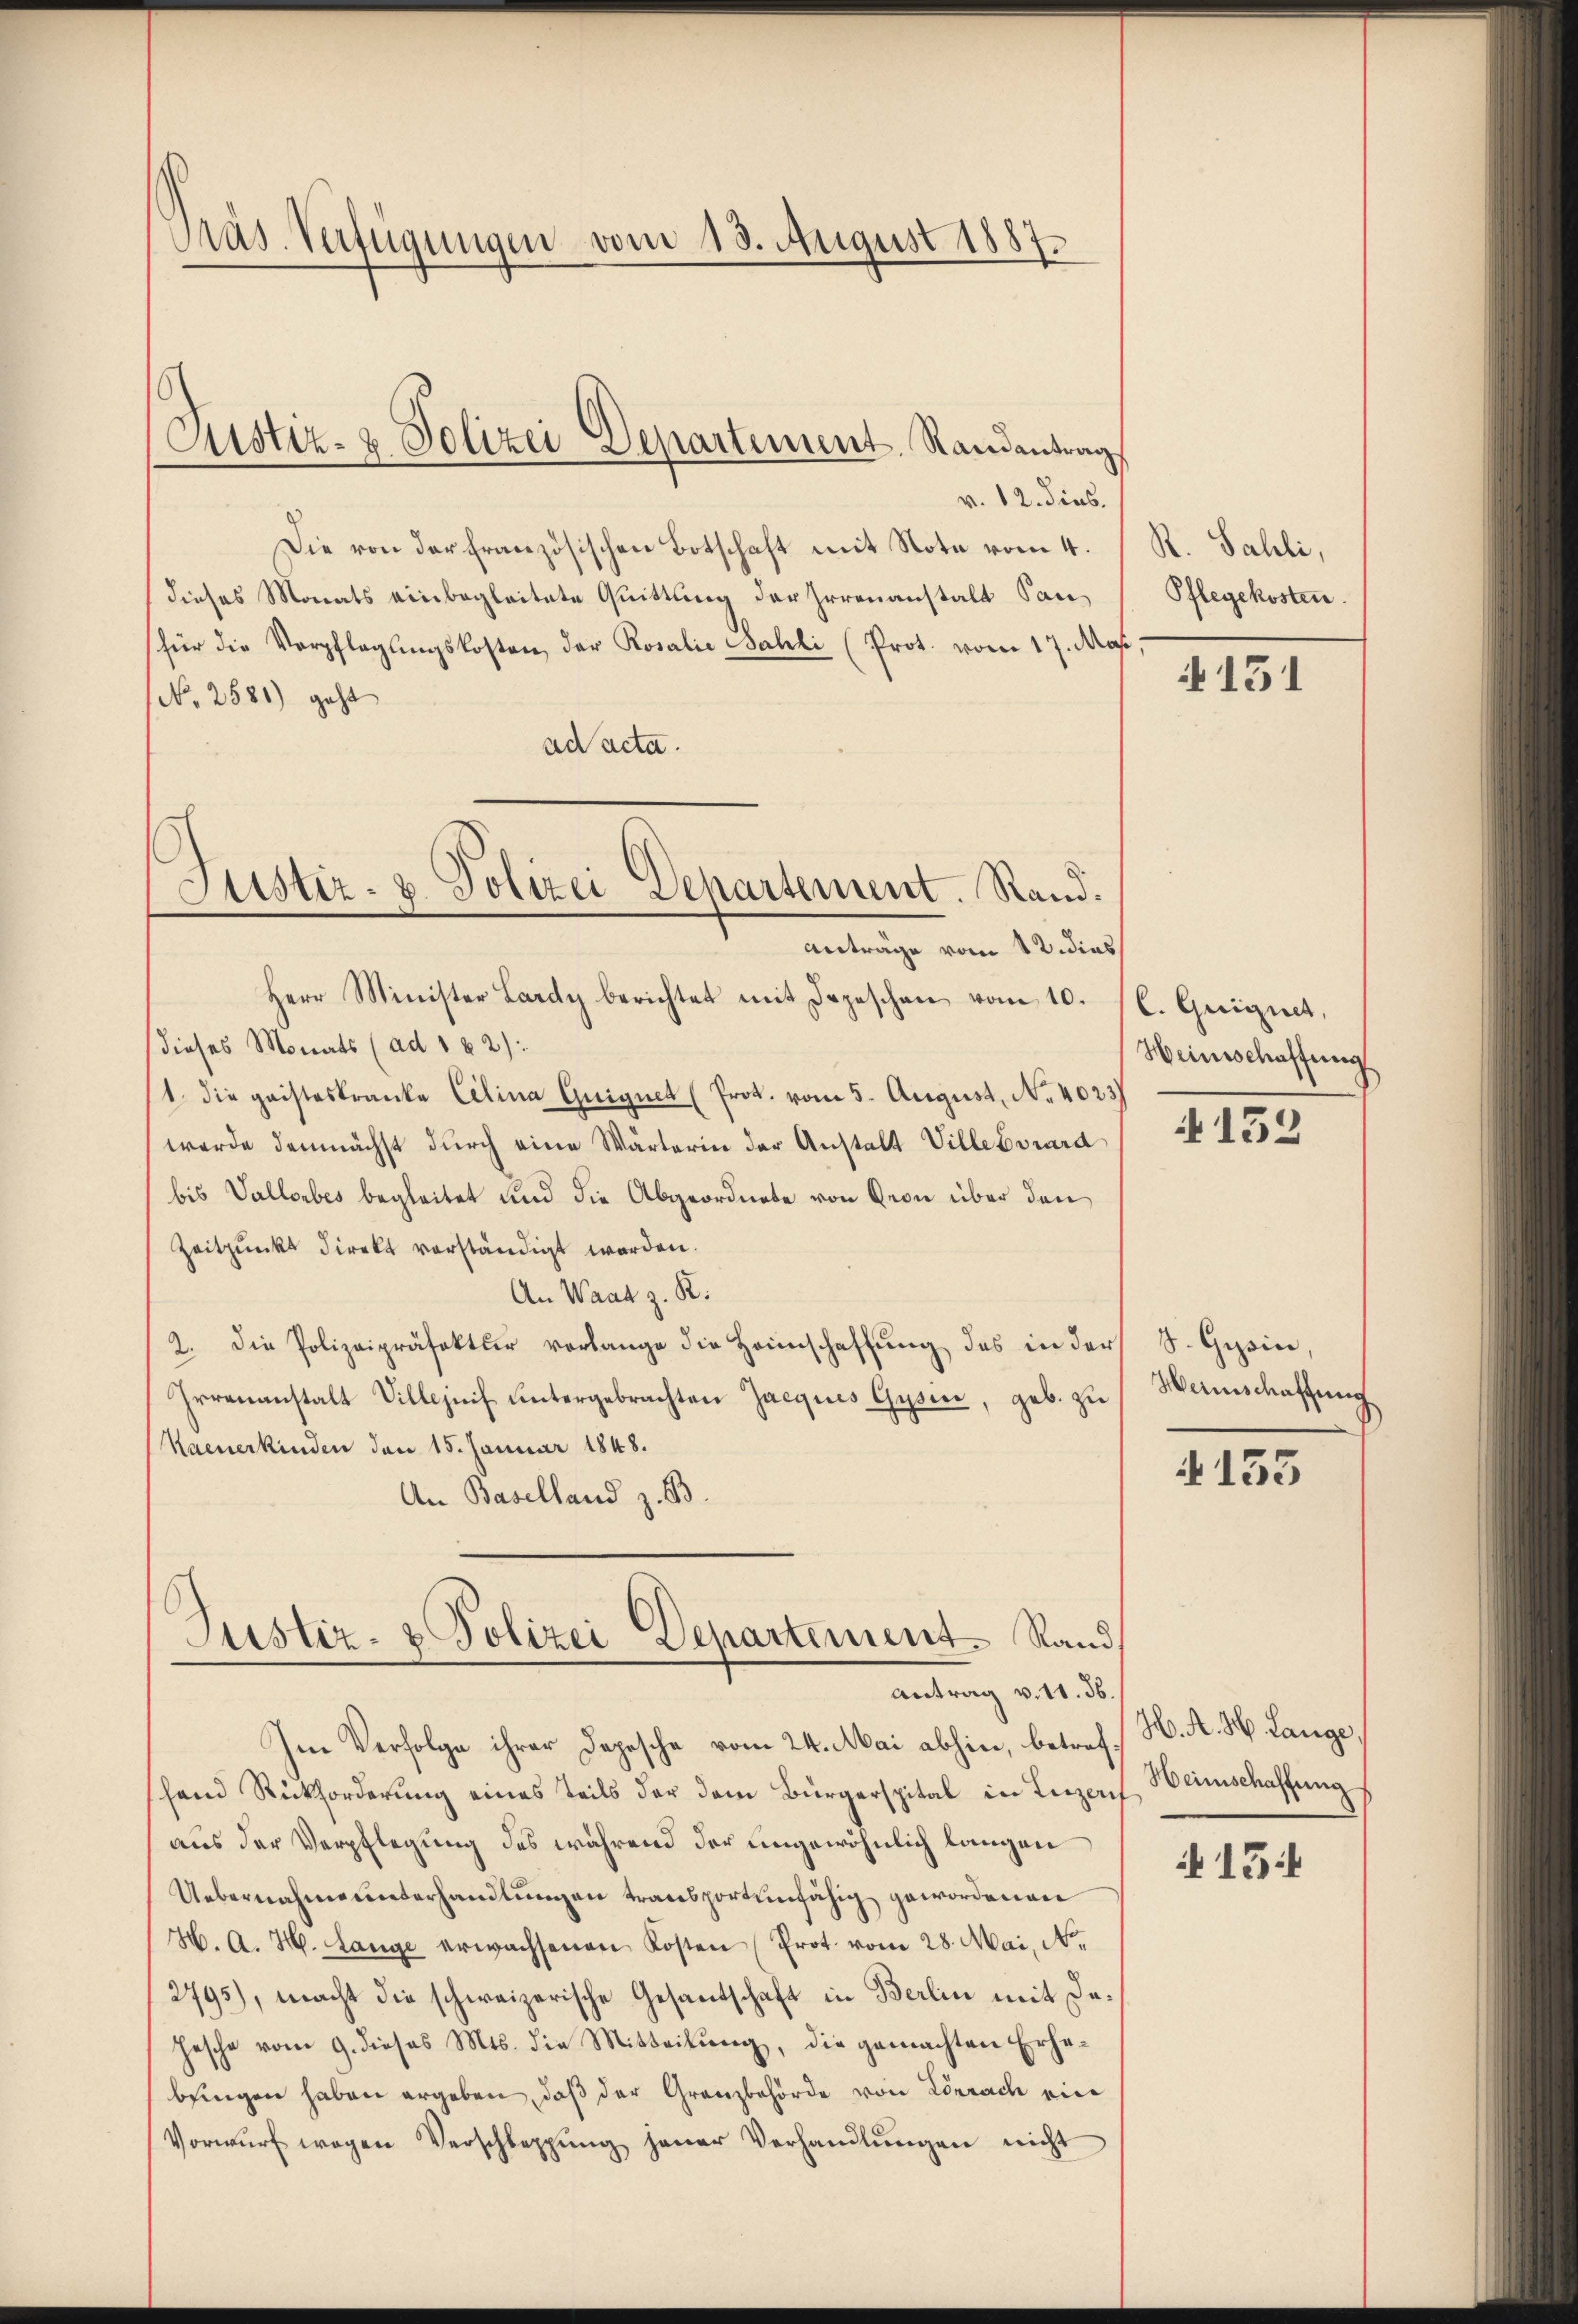
Präs. Verfügungen vom 13. August 1887.

Justiz- & Polizei Departement. Randantrag

Justiz- & Polizei Departement. Rand.
Anträge vom 12. dies

v. 12. dies.
Die von der französischen Botschaft mit Note vom 4.
dieses Monats einbegleitete Quittung der Irrenanstalt Sanfür die Verpflegŭngskosten der Rosalie Bahli (Prot. vom 17. Mas,
No 2581) geht
ad acta.
Herr Minister Lardy berichtet mit Depeschen vom 10. (l. Guignet,
dieses Monats (ad 162):
1. die geisteskranke Celina Guignet (Prok. vom 5. August, No. 4023)
werde demnächst durch eine Wärterin der Anstalt Villebvrard
bis Vallorbes begleitet und die Abgeordnete von Geon über den
Zeitpunkt direkt verständigt werden.
An Waat z. R.
2. Die Polizeipräfektur verlange die Heimschaffŭng des in der
Irrenanstalt Villezeif untergebrachten Jacques Gysen, geb. zu
Naeuerkinden den 15. Januar 1848.
An Baselland z. B.
Justiz- & Polizei Departement Rand,

Antrag v. 11. 56.

Im Verfolge ihrer Depesche vom 24. Mai abhin, betref. H. A. H. Lange,
hand Rückforderung eines Teils der dem Bürgerspital in Luzerf
aus der Verpflegung des während der ungewöhnlich langen
Uebernahme unterhandlungen transportenfähig gewordenen
26. A. H. Lange erwachsenen Kosten (Prot. vom 28. Mai, N.
2795), macht die schweizerische Gesandtschaft in Berlin mit Dahesche vom 9. dieses Mts. die Mitteilung, die gemachten Erhebringen haben ergeben, daß der Granzbehörde von Lörrach ein
Vorwurf wegen Verschleppung jener Verhandlŭngen nicht

R. Sahli,
Pflegekosten.

151

Heinschaffung

132

F. Gesin,
Weinschaffung

4135

Heimschaffung

i 15